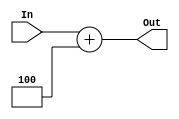
`timescale 1ns / 1ps
//////////////////////////////////////////////////////////////////////////////////
// Company: 
// Engineer: 
// 
// Design Name: 
// Module Name:    PCALU 
// Project Name: 
// Target Devices: 
// Tool versions: 
// Description: 
//
// Dependencies: 
//
// Revision: 
// Revision 0.01 - File Created
// Additional Comments: 
//
//////////////////////////////////////////////////////////////////////////////////
module PCALU(
    input [31:0] In,
    output [31:0] Out
    );
	assign Out = In+4;

endmodule